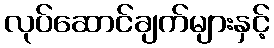
လုပ်ဆောင်ချက်များနှင့်